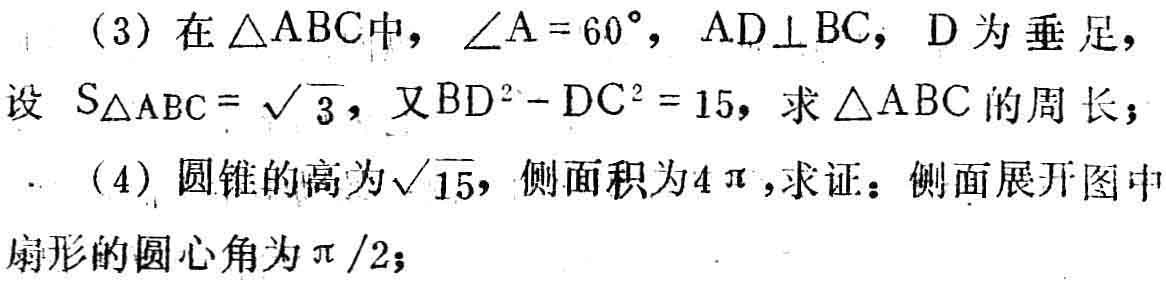
(3) 在$\triangle ABC$中，$\angle A = 60^{\circ}$，$AD\perp BC$，$D$为垂足，设$S_{\triangle ABC}=\sqrt{3}$，又$BD^{2}-DC^{2}=15$，求$\triangle ABC$的周长；

(4) 圆锥的高为$\sqrt{15}$，侧面积为$4\pi$，求证：侧面展开图中扇形的圆心角为$\pi/2$；